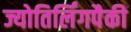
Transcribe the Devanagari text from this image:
ज्योतिर्लिंगपैकी